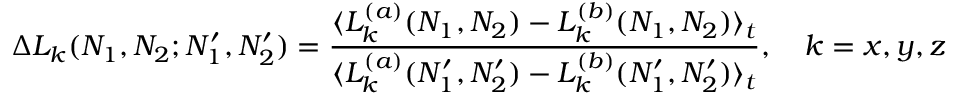
\Delta L _ { k } ( N _ { 1 } , N _ { 2 } ; N _ { 1 } ^ { \prime } , N _ { 2 } ^ { \prime } ) = \frac { \langle L _ { k } ^ { ( a ) } ( N _ { 1 } , N _ { 2 } ) - L _ { k } ^ { ( b ) } ( N _ { 1 } , N _ { 2 } ) \rangle _ { t } } { \langle L _ { k } ^ { ( a ) } ( N _ { 1 } ^ { \prime } , N _ { 2 } ^ { \prime } ) - L _ { k } ^ { ( b ) } ( N _ { 1 } ^ { \prime } , N _ { 2 } ^ { \prime } ) \rangle _ { t } } , \quad k = x , y , z